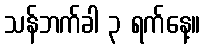
သန်ဘက်ခါ ၃ ရက်နေ့။